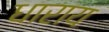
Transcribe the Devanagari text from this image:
धाराय